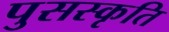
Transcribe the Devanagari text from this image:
पुसस्कृति